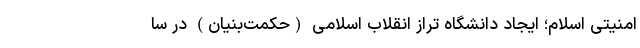
امنیتی اسلام؛ ایجاد دانشگاه تراز انقلاب اسلامی (حکمت­بنیان) در سا